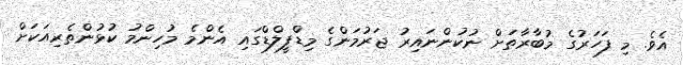
އެވެ. މި ފަހަރުގެ މުބާރާތަށް ނުކުންނައިރު ޖަރުމަންގެ މިޑްފީލްޑްގައި އެންމެ މުހިންމު ކުޅުންތެރިއަކަށް